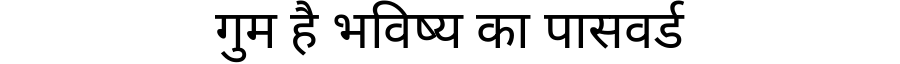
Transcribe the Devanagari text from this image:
गुम है भविष्य का पासवर्ड